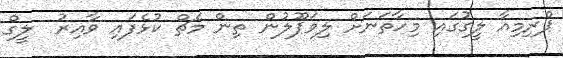
ޕްރިމިއާ ލީގުގައި މިހާތަނަށް ލިވަޕޫލުން ތިން މެޗް ކުޅެފައި ވާއިރު  ލީގް